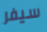
سيفر